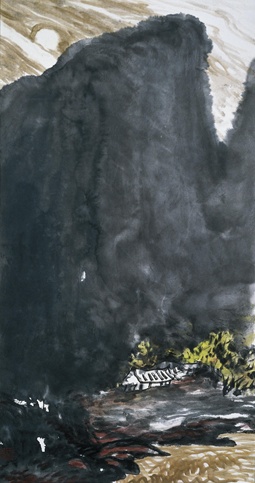
白草黄沙。月照孤村三两家。